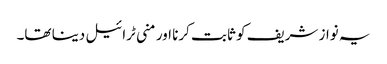
یہ نواز شریف کو ثابت کرنا اور منی ٹرائیل دینا تھا۔